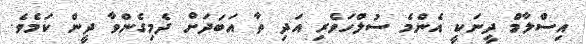
އިސްލާމް ދީނަކީ އެންމެ ސުލްހަވެރި އަދި ތާ އަަބަދަށް ދެމިގެންވާ ދީން ކަމެވެ.